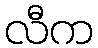
လီက